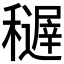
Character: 𥣦